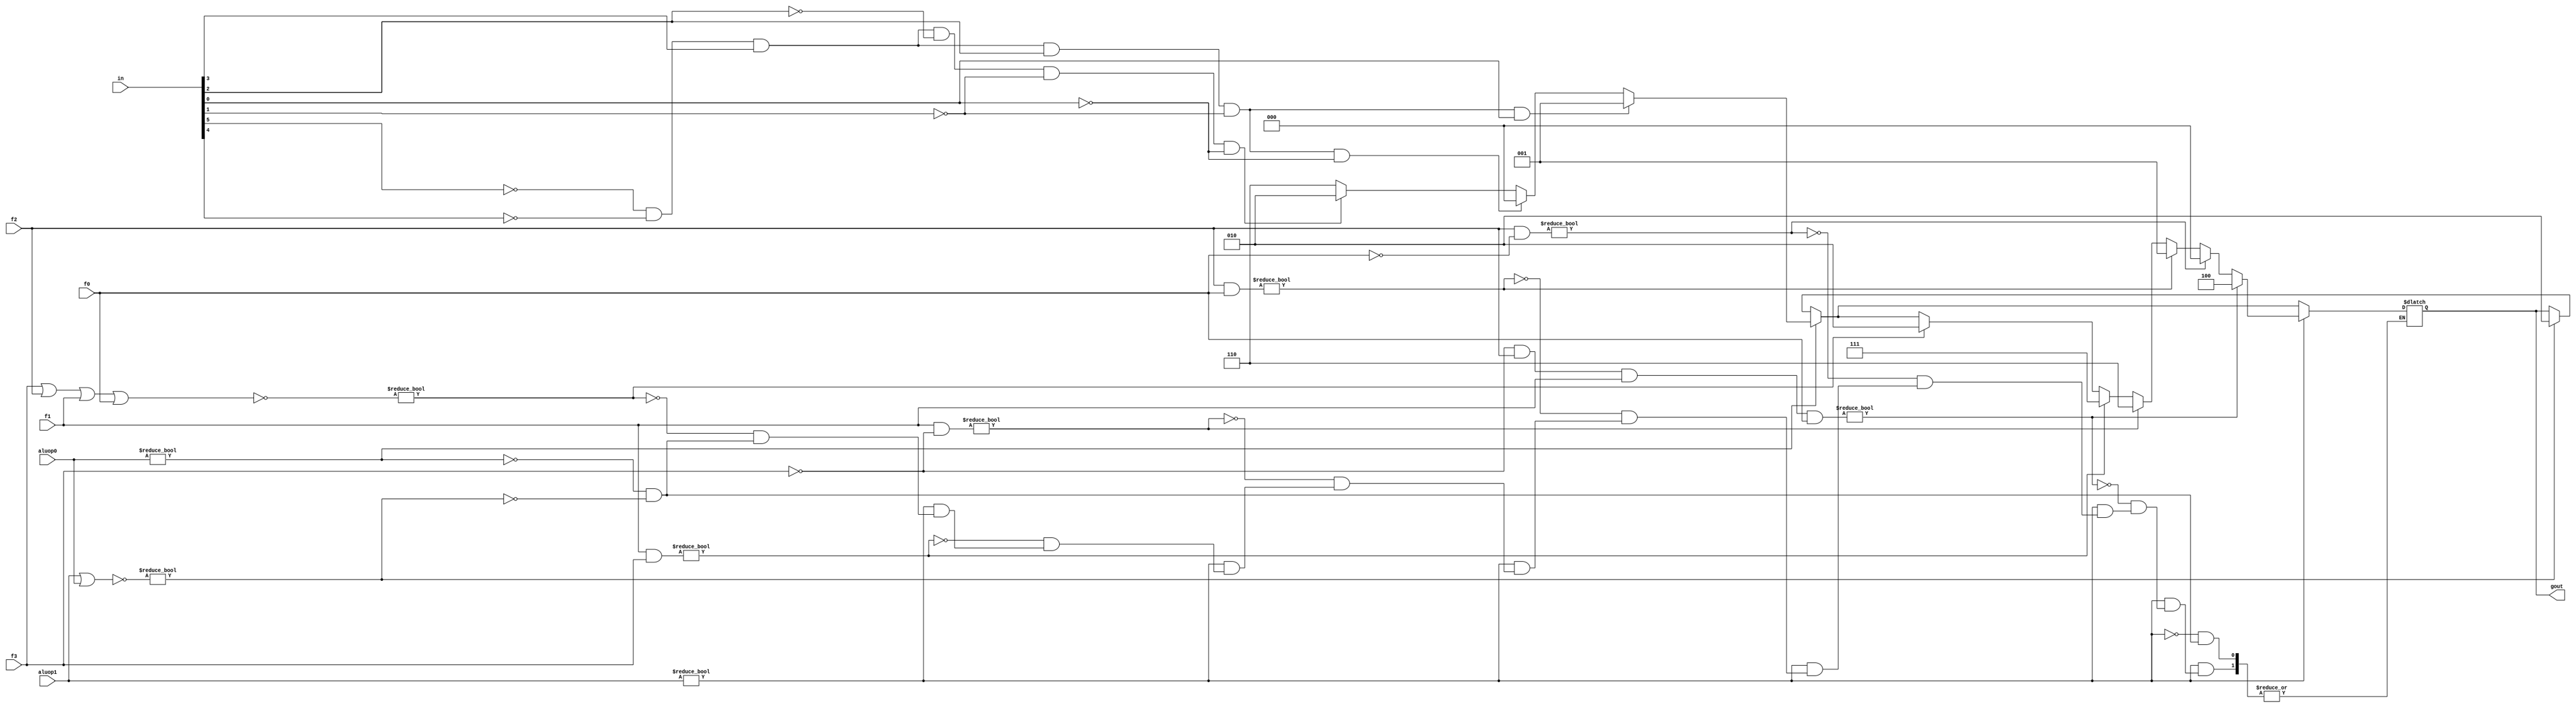
module alucont(aluop1,aluop0,f3,f2,f1,f0,gout,in);//Figure 4.12 //I added in
input [5:0] in,aluop1,aluop0,f3,f2,f1,f0;//I added in
output [2:0] gout;
reg [2:0] gout;
always @(aluop1 or aluop0 or f3 or f2 or f1 or f0)
begin
if(~(aluop1|aluop0))  gout=3'b010;//for lw/sw
if(aluop0)//(aluop2)
begin
	gout=3'b110;//(sub) for branch
	if(~in[5]& (~in[4])&in[3]&(~in[2])&(~in[1])&(~in[0]))gout=3'b010 ;//I added(addi) control=010 (add)
	if(~in[5]& (~in[4])&in[3]&in[2]&(~in[1])&(~in[0]))gout=3'b000 ;//I added(andi) control=000
	if(~in[5]& (~in[4])&in[3]&in[2]&(~in[1])&in[0]) gout=3'b001;//I added (ori) control=001
end
if(aluop1)//R-type (aluop1)
begin
	if (~(f3|f2|f1|f0))gout=3'b010; 	//function code=0000,ALU control=010 (add)
	if (f1&f3)gout=3'b111;			//function code=1x1x,ALU control=111 (set on less than)
	if (f1&~(f3))gout=3'b110;		//function code=0x10,ALU control=110 (sub)
	if (f2&f0)gout=3'b001;			//function code=x1x1,ALU control=001 (or)
	if (f2&~(f0))gout=3'b000;		//function code=x1x0,ALU control=000 (and)
	if(~(f3)&f2&f1&f0)gout=3'b100;	//function code=0111,ALU control=100 (nor)
end
end
endmodule